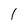
Character: I